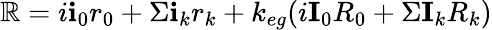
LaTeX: \mathbb{R}=i\textbf{i}_{0}r_{0}+\Sigma\textbf{i}_{k}r_{k}+k_{eg}(i\textbf{I}_{0}R_{0}+\Sigma\textbf{I}_{k}R_{k})